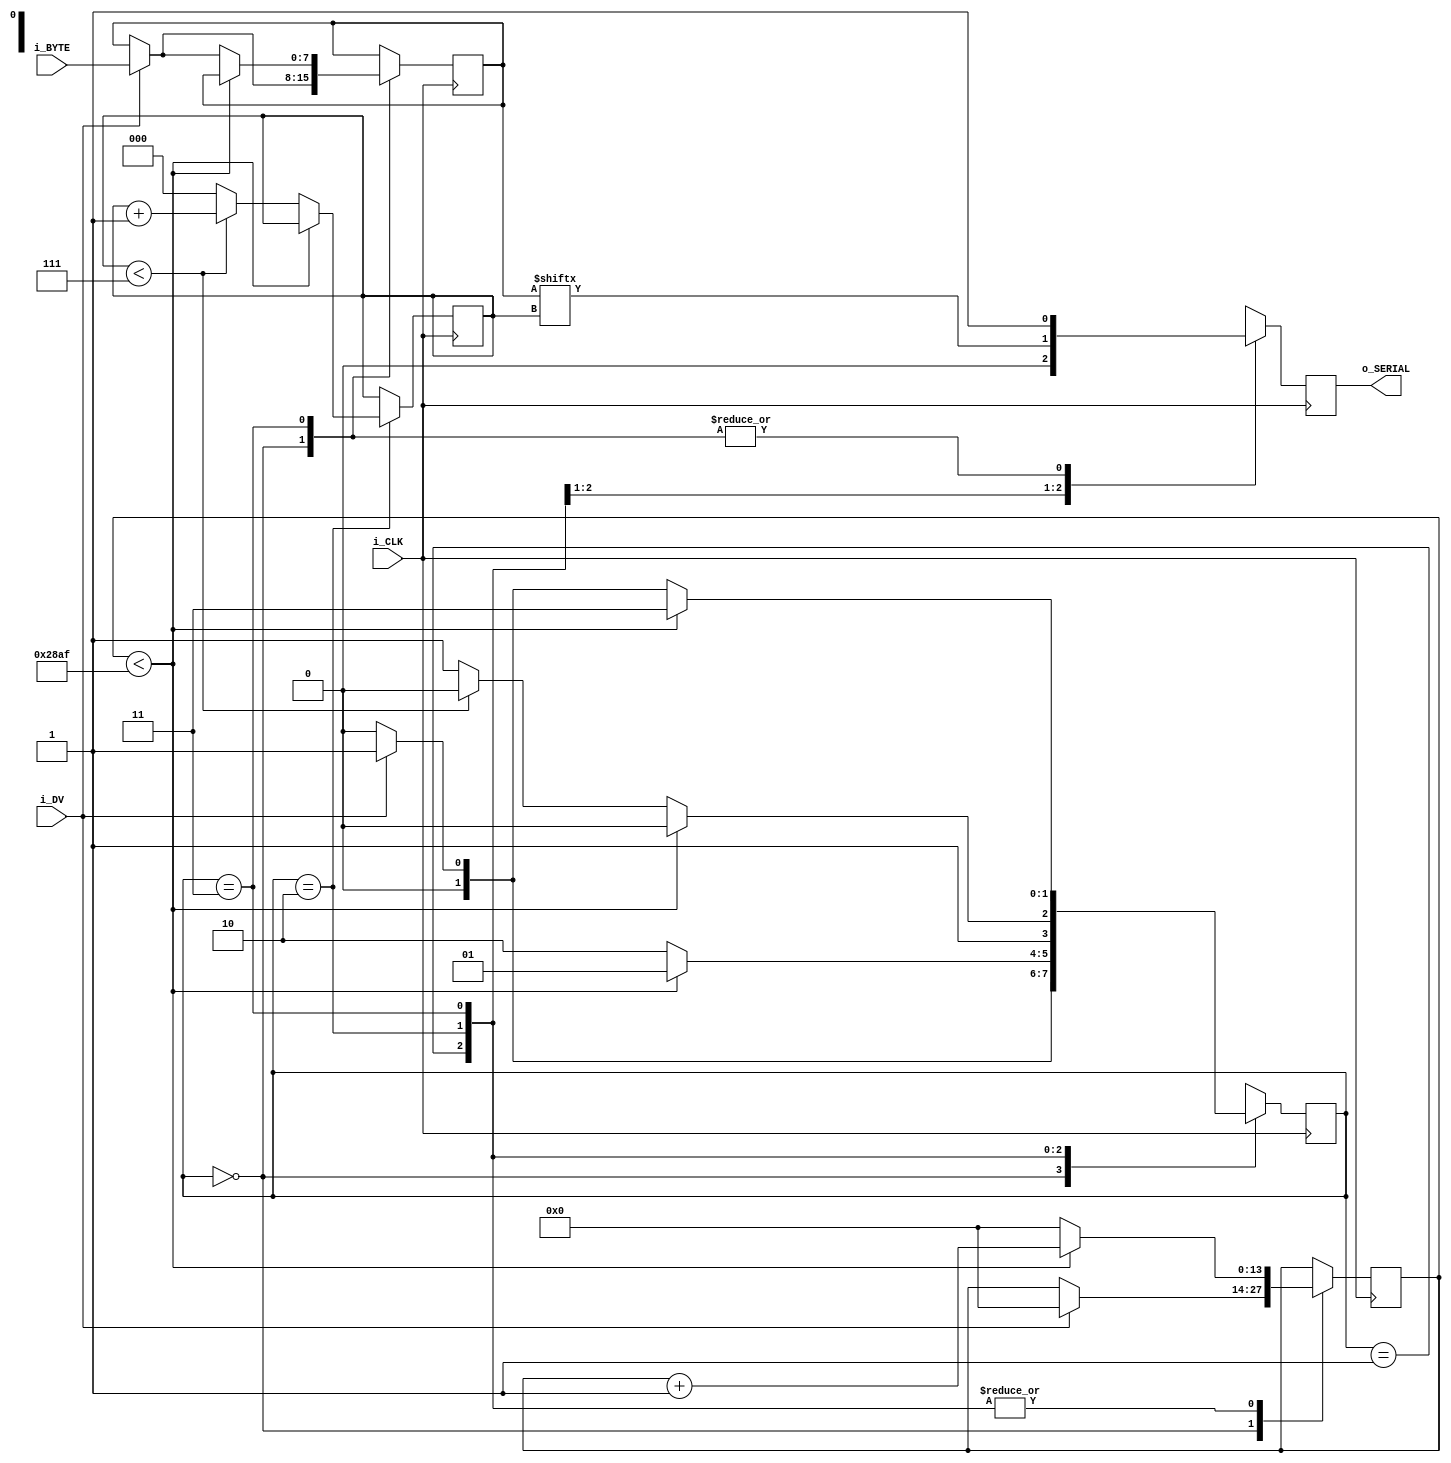
`timescale 1ns / 1ps

// Given a CLK frequency of 1MHz and a Baud Rate of 9600bps 
// The value of Cycles per Bit = 1000000/9600 = 104  >>> 100,000,000/9600 = 10416.0
module uart_TX #(parameter CLKS_PER_BIT = 10416)
                (
                 input          i_CLK, i_DV,
                 input [7:0]    i_BYTE,
                 output reg     o_SERIAL
                );
                 
// Define FSM states:
parameter s_IDLE    = 2'b00;
parameter s_START   = 2'b01;
parameter s_DATA    = 2'b10;
parameter s_END     = 2'b11;

// Intermediate Variables:
reg [13:0]  t_CLK   = 0;
reg [2:0]   t_INDEX = 0;
reg [7:0]   t_BYTE  = 0;
reg [1:0]   t_MAIN  = 0;

// LOGIC
always @ (posedge i_CLK)
    case(t_MAIN)
        
        s_IDLE: begin
            o_SERIAL <= 1'b1;
            
            if (i_DV == 0) 
                t_MAIN <= s_IDLE;
            else begin
                t_CLK <= 0;
                t_BYTE <= i_BYTE;
                t_MAIN <= s_START;
            end
        end
        
        s_START: begin
            o_SERIAL <= 1'b0;
            
            if (t_CLK < CLKS_PER_BIT-1) begin
                t_CLK <= t_CLK + 1;
                t_MAIN <= s_START;
            end
            else begin
                t_CLK <= 0;
                t_MAIN <= s_DATA;
            end
        end
        
        s_DATA: begin
            o_SERIAL <= t_BYTE[t_INDEX];
            
            if (t_CLK < CLKS_PER_BIT-1) begin
                t_CLK <= t_CLK + 1;
                t_MAIN <= s_DATA;
            end
            else begin
                t_CLK <= 0;
                
                if (t_INDEX < 7) begin
                    t_INDEX <= t_INDEX + 1;
                    t_MAIN <= s_DATA;
                end
                else begin
                    t_INDEX <= 0;
                    t_MAIN <= s_END;
                end              
            end
        end
        
        s_END: begin
            o_SERIAL <= 1'b1;
            
            if (t_CLK < CLKS_PER_BIT-1) begin
                t_CLK <= t_CLK + 1;
                t_MAIN <= s_END;
            end
            else begin
                t_CLK <= 0;
                
                if (i_DV == 0)
                    t_MAIN <= s_IDLE;
                else begin 
                    t_BYTE <= i_BYTE;
                    t_MAIN <= s_START;
                end
            end
        end
        
        default:
            t_MAIN <= s_IDLE;
    endcase               
endmodule